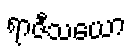
ရာဇီသယော